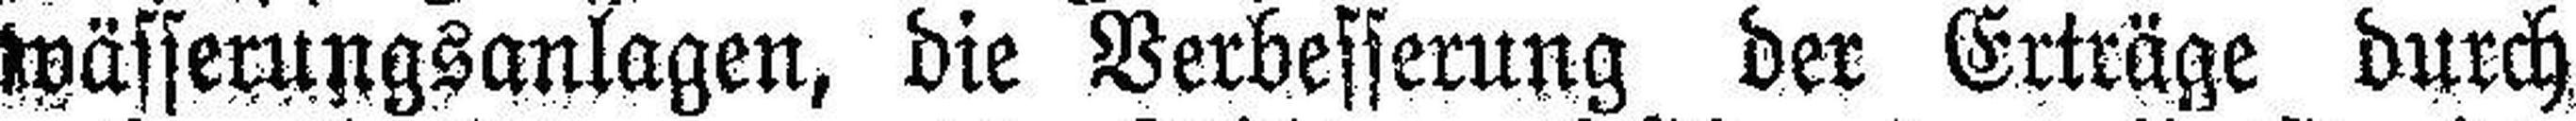
wässerungsanlagen, die Verbesserung der Erträge durch